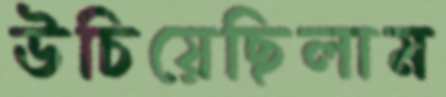
উচিয়েছিলাম